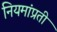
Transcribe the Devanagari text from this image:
नियमांप्रती